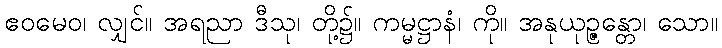
ဧဝမေဝ၊ လျှင်။ အရညာ ဒီသု၊ တို့၌။ ကမ္မဋ္ဌာနံ၊ ကို။ အနုယုဉ္ဇန္တော၊ သော။